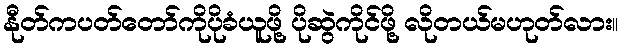
နီုတ်ကပတ်တော်ကိုပိုခံယူဖို့ ပိုဆွဲကိုင်ဖို့ လိုတယ်မဟုတ်လား။